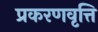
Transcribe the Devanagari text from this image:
प्रकरणवृत्ति